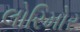
લોરિમોર